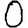
Digit: 0